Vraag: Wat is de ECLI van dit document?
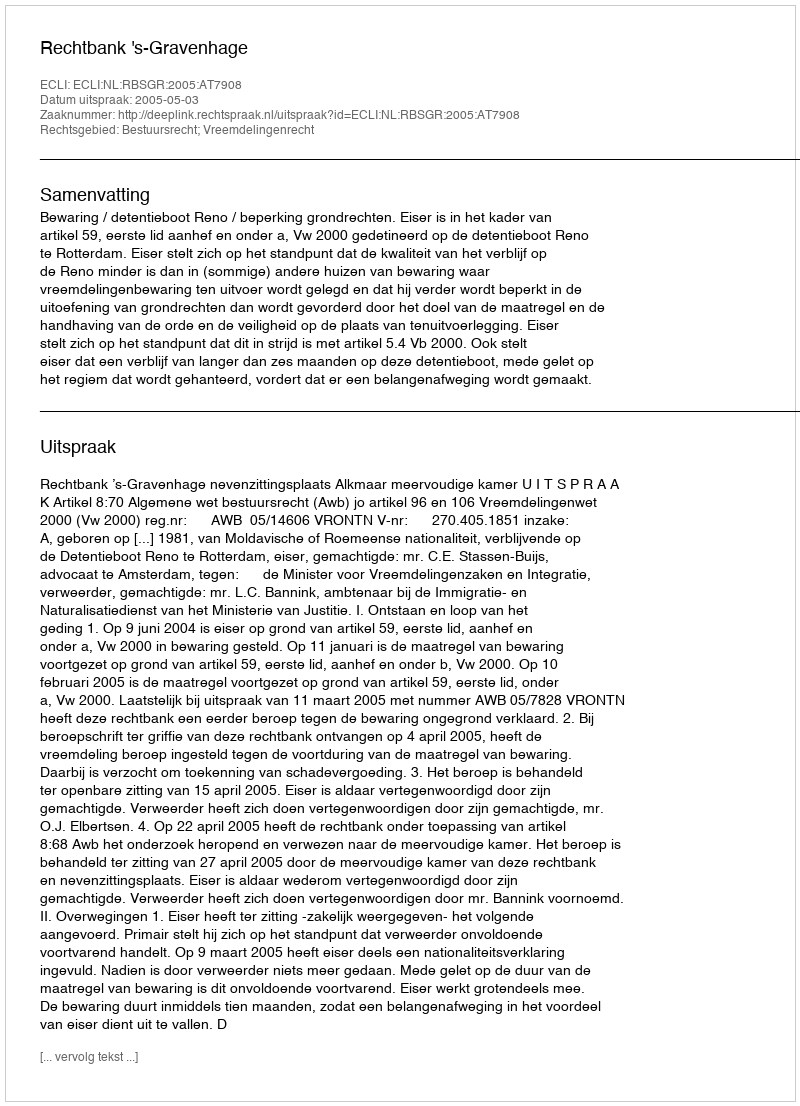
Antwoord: ECLI:NL:RBSGR:2005:AT7908